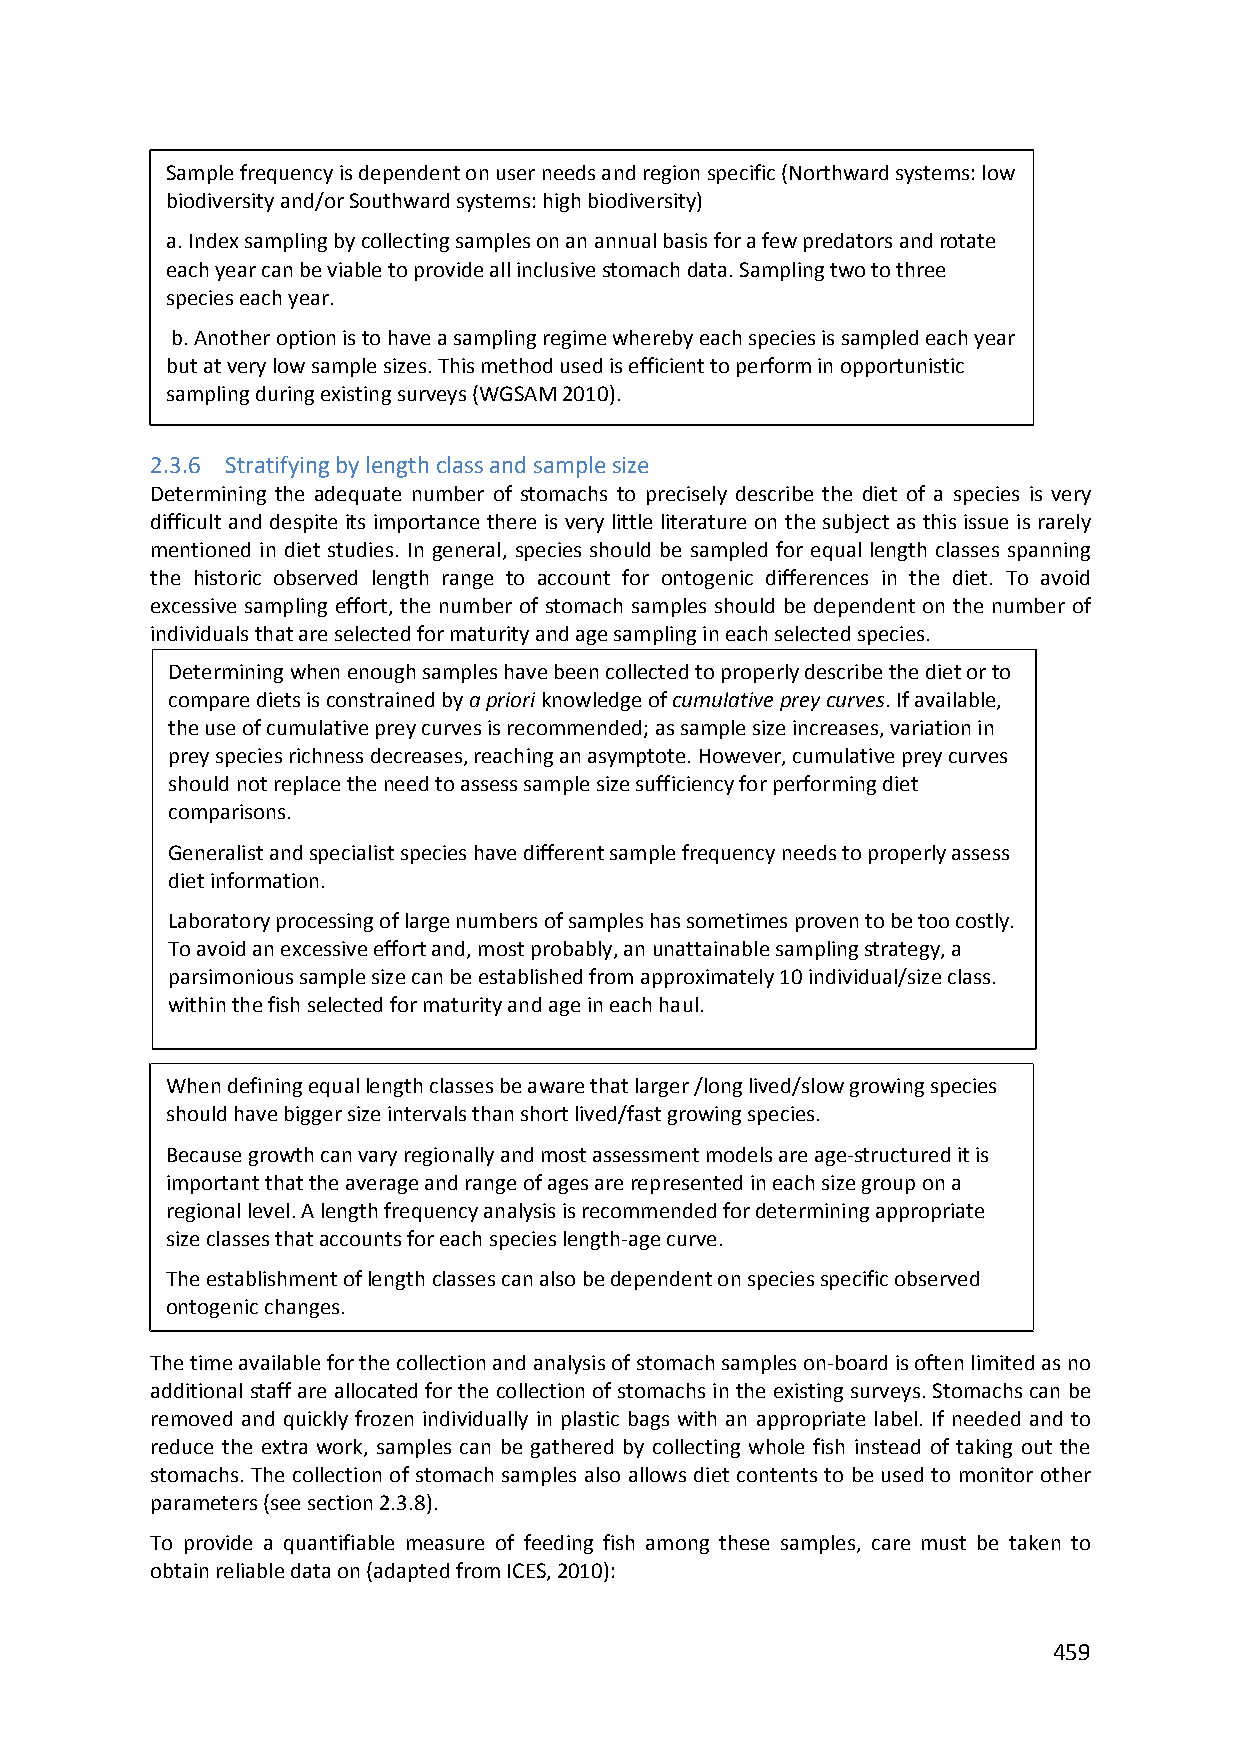
Sample frequency is dependent on user needs and region specific (Northward systems: low
 biodiversity and/or Southward systems: high biodiversity)
 a. Index sampling by collecting samples on an annual basis for a few predators and rotate
 each year can be viable to provide all inclusive stomach data. Sampling two to three
 species each year.
 b. Another option is to have a sampling regime whereby each species is sampled each year
 but at very low sample sizes. This method used is efficient to perform in opportunistic
 sampling during existing surveys (WGSAM 2010).
 2.3.6 Stratifying by length class and sample size
 Determining the adequate number of stomachs to precisely describe the diet of a species is very
 difficult and despite its importance there is very little literature on the subject as this issue is rarely
 mentioned in diet studies. In general, species should be sampled for equal length classes spanning
 the historic observed length range to account for ontogenic differences in the diet. To avoid
 excessive sampling effort, the number of stomach samples should be dependent on the number of
 individuals that are selected for maturity and age sampling in each selected species.
 Determining when enough samples have been collected to properly describe the diet or to
 compare diets is constrained by a priori knowledge of cumulative prey curves. If available,
 the use of cumulative prey curves is recommended; as sample size increases, variation in
 prey species richness decreases, reaching an asymptote. However, cumulative prey curves
 should not replace the need to assess sample size sufficiency for performing diet
 comparisons.
 Generalist and specialist species have different sample frequency needs to properly assess
 diet information.
 Laboratory processing of large numbers of samples has sometimes proven to be too costly.
 To avoid an excessive effort and, most probably, an unattainable sampling strategy, a
 parsimonious sample size can be established from approximately 10 individual/size class.
 within the fish selected for maturity and age in each haul.
 When defining equal length classes be aware that larger /long lived/slow growing species
 should have bigger size intervals than short lived/fast growing species.
 Because growth can vary regionally and most assessment models are age‐structured it is
 important that the average and range of ages are represented in each size group on a
 regional level. A length frequency analysis is recommended for determining appropriate
 size classes that accounts for each species length‐age curve.
 The establishment of length classes can also be dependent on species specific observed
 ontogenic changes.
 The time available for the collection and analysis of stomach samples on‐board is often limited as no
 additional staff are allocated for the collection of stomachs in the existing surveys. Stomachs can be
 removed and quickly frozen individually in plastic bags with an appropriate label. If needed and to
 reduce the extra work, samples can be gathered by collecting whole fish instead of taking out the
 stomachs. The collection of stomach samples also allows diet contents to be used to monitor other
 parameters (see section 2.3.8).
 To provide a quantifiable measure of feeding fish among these samples, care must be taken to
 obtain reliable data on (adapted from ICES, 2010):
 459